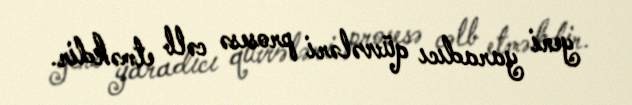
yeni yaradıcı qüvvələri prosesə cəlb etməkdir.